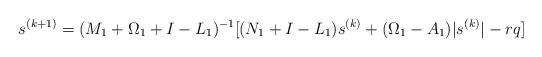
LaTeX: \begin{align*}s^{(k+1)}=(M_1+\Omega_{1}+I- L_1)^{-1}[(N_{1}+I- L_1)s^{(k)}+ (\Omega_1-A_{1})|s^{(k)}|- rq]\end{align*}